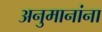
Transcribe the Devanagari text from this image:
अनुमानांना